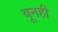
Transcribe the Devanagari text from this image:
बूनही